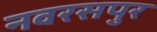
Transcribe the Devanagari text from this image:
नवरसपुर